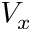
V _ { x }